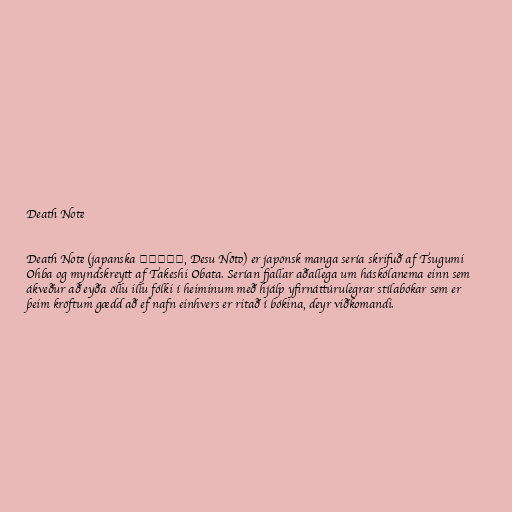
Death Note

Death Note (japanska デスノート, Desu Nōto) er japönsk manga sería skrifuð af Tsugumi
Ohba og myndskreytt af Takeshi Obata. Serían fjallar aðallega um háskólanema einn sem
ákveður að eyða öllu illu fólki í heiminum með hjálp yfirnáttúrulegrar stílabókar sem er
þeim kröftum gædd að ef nafn einhvers er ritað í bókina, deyr viðkomandi.